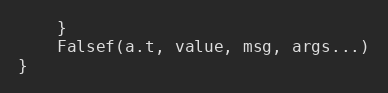
Language: Go
	}
	Falsef(a.t, value, msg, args...)
}